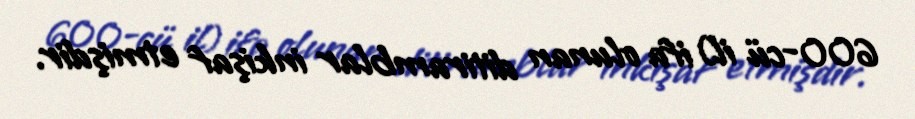
600-cü il) ifa olunan ditiramblar inkişaf etmişdir.